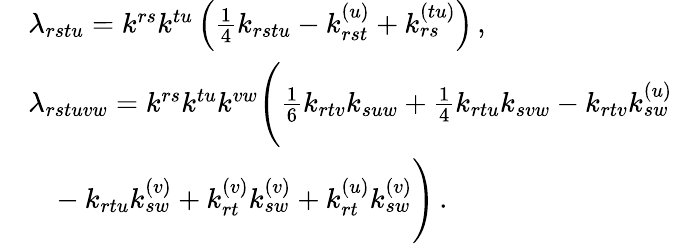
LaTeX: \begin{array}{rl}&{\lambda_{rstu}=k^{rs}k^{tu}\left(\frac{1}{4}k_{rstu}-k_{rst}^{(u)}+k_{rs}^{(tu)}\right)\, ,}\\ &{\lambda_{rstuvw}=k^{rs}k^{tu}k^{vw}\Bigg(\frac{1}{6}k_{rtv}k_{suw}+\frac{1}{4}k_{rtu}k_{svw}-k_{rtv}k_{sw}^{(u)}}\\ &{\phantom{=}-k_{rtu}k_{sw}^{(v)}+k_{rt}^{(v)}k_{sw}^{(v)}+k_{rt}^{(u)}k_{sw}^{(v)}\Bigg)\, .}\end{array}